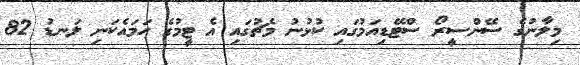
މިލާނުގެ ސޭންސީރޯ ސްޓޭޑިއަމުގައި ކުޅުނު މެޗުގައި އެ ޓީމުގެ ހަމައެކަނި ލަނޑު 82